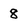
Character: 8